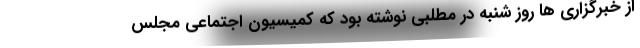
از خبرگزاری ها روز شنبه در مطلبی نوشته بود که کمیسیون اجتماعی مجلس